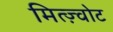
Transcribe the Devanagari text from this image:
मित्ज़्वोट